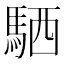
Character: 𫘊